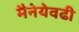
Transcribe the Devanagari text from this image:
मैनेयेवढी